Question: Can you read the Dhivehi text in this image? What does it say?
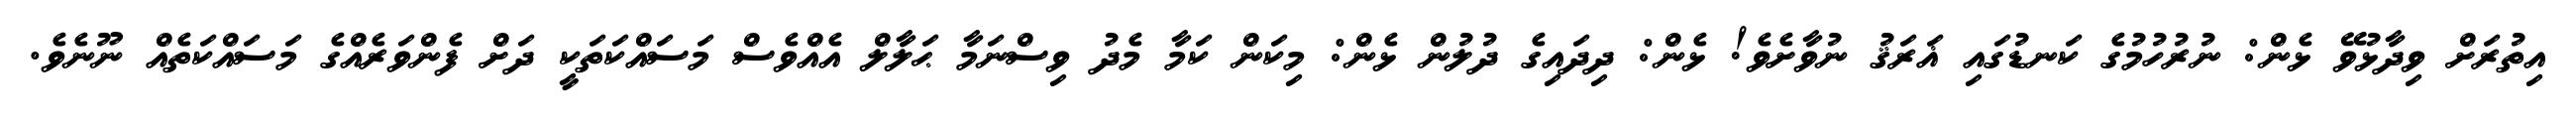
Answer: އިތުރަށް ވިދާޅުވޭ ޅެން: ނުރުހުމުގެ ކަނޑުގައި ޣަރަޤު ނުވާށެވެ! ޅެން: ދިދައިގެ ދުލުން ޅެން: މިކަން ކަމާ މެދު ވިސްނަމާ ޙަލާލް އެއްވެސް މަސައްކަތަކީ ދަށް ފެންވަރެއްގެ މަސައްކަތެއް ނޫނެވެ.